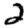
Digit: 2